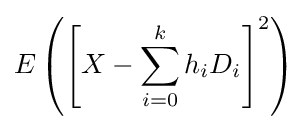
E\left(\left[X-\sum _{i=0}^{k}h_{i}D_{i}\right]^{2}\right)